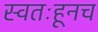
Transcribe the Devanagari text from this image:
स्वतःहूनच